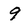
Character: 9